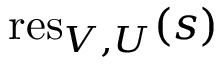
{ \mathrm { r e s } } _ { V , U } ( s )